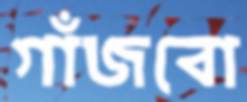
গাঁজবো